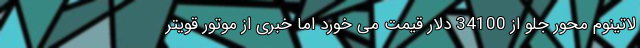
لاتینوم محور جلو از 34100 دلار قیمت می خورد اما خبری از موتور قویتر